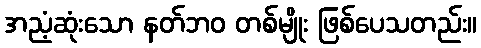
အညံ့ဆုံးသော နတ်ဘဝ တစ်မျိုး ဖြစ်ပေသတည်း။